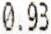
0.93